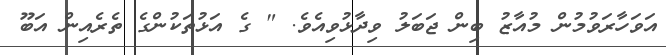
އަވަހާރަވުމުން މުއާޒު ބިން ޖަބަލު ވިދާޅުވިއެވެ. " ގެ އަޅުތަކުންގެ ތެރެއިން އަބޫ